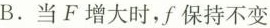
B.当F增大时，f保持不变